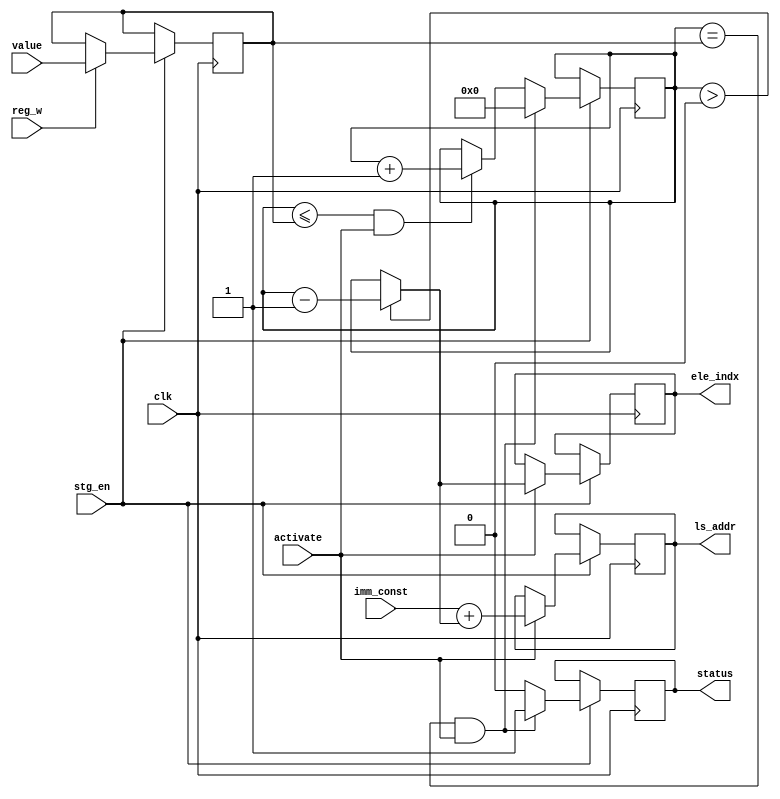
`timescale 1ns / 1ps

module VLSU(
    input reg_w , stg_en , clk , activate ,
    input [3:0] value ,
    input [31:0] imm_const ,
    output reg status ,
    output reg [3:0] ele_indx ,
    output reg [31:0] ls_addr
    );
    
reg [3:0] x , y ; 
 
 initial
 begin 
 x=4'd0;
 y = 4'd0; 
 end 
 
 always@(posedge clk ) 
 begin 
 if( stg_en == 1 )
 begin
 status <= 1'b0; 
 
 if ( y <= x & activate == 1'b1 ) 
  y <= y + 4'd1 ;
  
 if( activate == 1'b1 )
   begin
   ele_indx = (y>0)? y - 1'd1 : y ;
   ls_addr = imm_const + {28'd0,ele_indx} ;
   end
  
 if ( y == x & activate == 1'b1 )
  begin
   y <= 4'd0 ;
   status <= 1'b1; 
  end  

 if ( reg_w == 1'b1) 
 x <= value ;
 end 
 end

endmodule